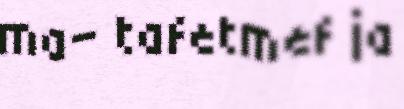
ma- tafetmef ja